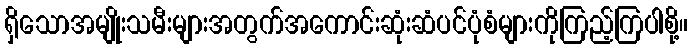
ရှိသောအမျိုးသမီးများအတွက်အကောင်းဆုံးဆံပင်ပုံစံများကိုကြည့်ကြပါစို့။